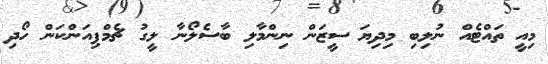
މިއީ ތައްޓެއް ނުލިބި މިދިޔަ ސީޒަން ނިންމާލި ބާސެލޯނާ ލީގު ޗެމްޕިއަންކަން ހޯދި